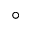
^ \circ